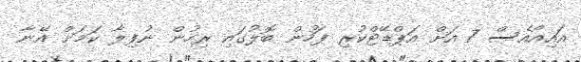
އައިއޯއެސް 7 އަށް އަޕްޑޭޓްކުރި ފަހުން ބޮލުގައި ރިހުން ނުފިލާ ކަމަށް އޭނާ